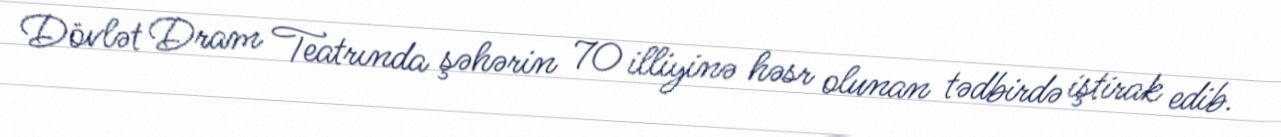
Dövlət Dram Teatrında şəhərin 70 illiyinə həsr olunan tədbirdə iştirak edib.